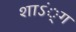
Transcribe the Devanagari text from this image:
शाऽं्ग